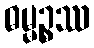
ဓမ္မဉ္စဿ